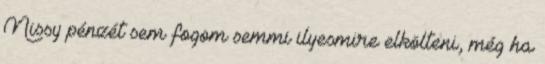
Nissy pénzét sem fogom semmi ilyesmire elkölteni, még ha